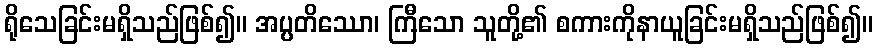
ရိုသေခြင်းမရှိသည်ဖြစ်၍။ အပ္ပတိဿော၊ ကြီသော သူတို့၏ စကားကိုနာယူခြင်းမရှိသည်ဖြစ်၍။